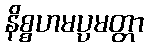
နိစ္စဟမပ္ပမတ္တာ